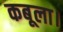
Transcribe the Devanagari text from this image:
कबूला।